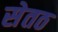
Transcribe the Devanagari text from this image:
सेतठ